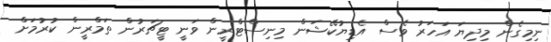
ނިމިގެން މިދިޔަ އަހަރު ވެސް އެޑިޔުކޭޝަން މިނިސްޓްރީން ވަނީ ޓީޗަރުން ތަމްރީން ކުރުމަށް